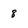
Character: 8